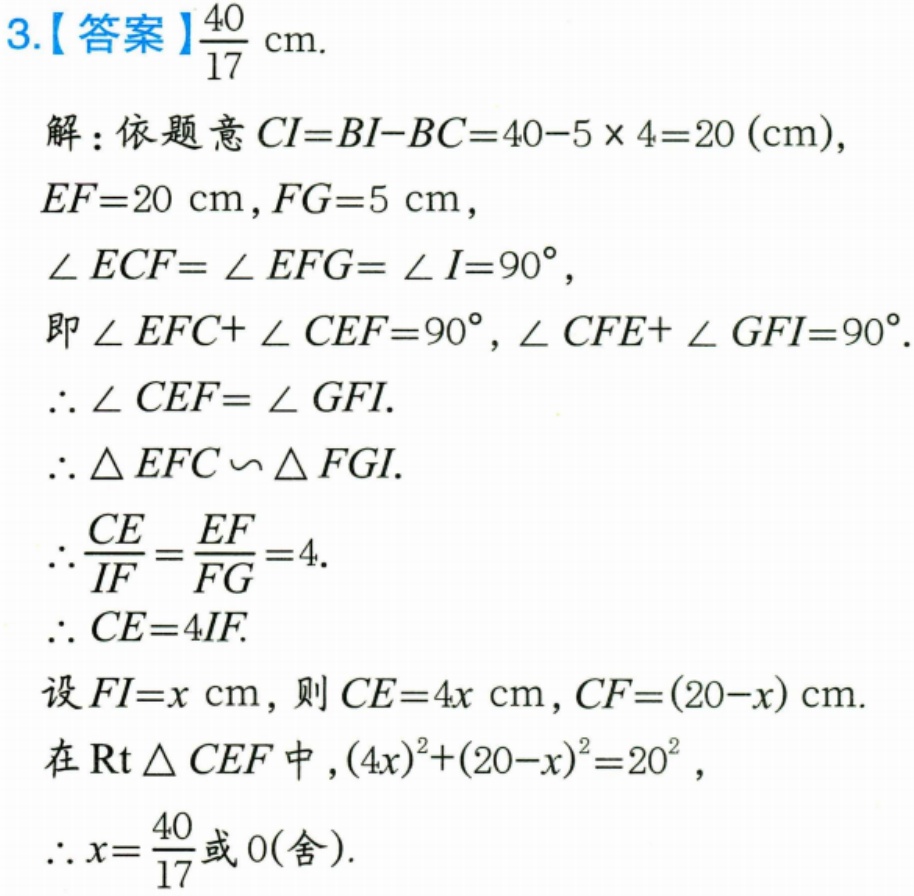
3.【答案】$\frac{40}{17}\text{ cm}$.
解：依题意\(CI = BI - BC=40 - 5\times4 = 20(\text{cm})\)，
\(EF = 20\text{ cm}\)，\(FG = 5\text{ cm}\)，
\(\angle ECF=\angle EFG=\angle I = 90^{\circ}\)，
即\(\angle EFC+\angle CEF = 90^{\circ}\)，\(\angle CFE+\angle GFI = 90^{\circ}\).
\(\therefore\angle CEF=\angle GFI\).
\(\therefore\triangle EFC\sim\triangle FGI\).
\(\therefore\frac{CE}{IF}=\frac{EF}{FG}=4\).
\(\therefore CE = 4IF\).
设\(FI = x\text{ cm}\)，则\(CE = 4x\text{ cm}\)，\(CF=(20 - x)\text{ cm}\).
在\(\text{Rt}\triangle CEF\)中，\((4x)^{2}+(20 - x)^{2}=20^{2}\)，
\(\therefore x=\frac{40}{17}\)或\(0(\text{舍})\).